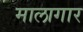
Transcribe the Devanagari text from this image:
मालागार